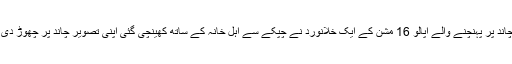
مثلاً چاند پر پہنچنے والے اپالو 16 مشن کے ایک خلانورد نے چپکے سے اہل خانہ کے ساتھ کھینچی گئی اپنی تصویر چاند پر چھوڑ دی تھی۔